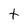
Character: t